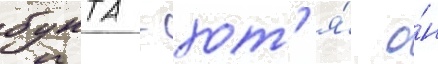
бунта - хот'я́ о́н